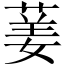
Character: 葁